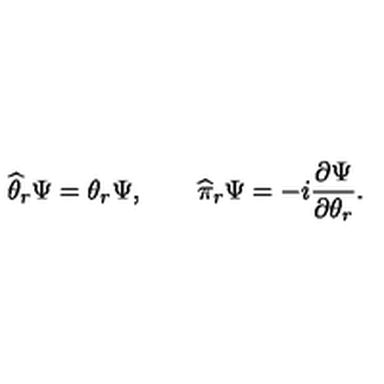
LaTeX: \widehat \theta _ { r } \Psi = \theta _ { r } \Psi , \qquad \widehat \pi _ { r } \Psi = - i \frac { \partial \Psi } { \partial \theta _ { r } } .